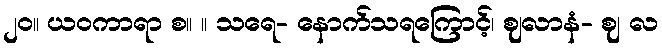
၂၀။ ယဝကာရာ စ။ ။ သရေ- နောက်သရကြောင့်၊ ဈလာနံ- ဈ လ